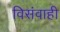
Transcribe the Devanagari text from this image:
विसंवाही